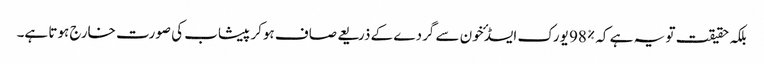
بلکہ حقیقت تو یہ ہے کہ %98 یورک ایسڈ ٴخون سے گردے کے ذریعے صاف ہوکر پیشاب کی صورت خارج ہوتا ہے۔